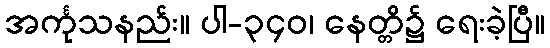
အင်္ကုသနည်း။ ပါ-၃၄၀၊ နေတ္တိ၌ ရေးခဲ့ပြီ။